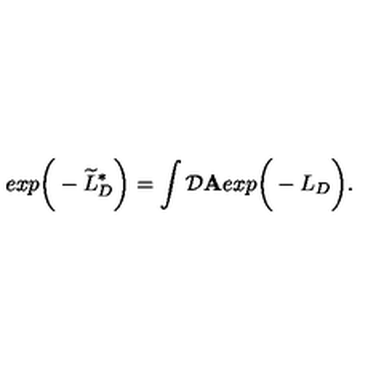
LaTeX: e x p \bigg ( - \widetilde { L } _ { D } ^ { * } \bigg ) = \int { \cal D } { \bf A } e x p \bigg ( - L _ { D } \bigg ) .